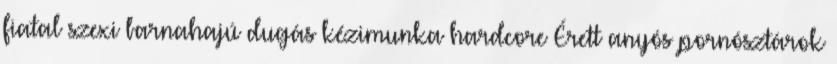
fiatal szexi barnahajú dugás kézimunka hardcore Érett anyós pornósztárok